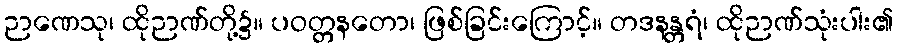
ဉာဏေသု၊ ထိုဉာဏ်တို့၌။ ပဝတ္တနတော၊ ဖြစ်ခြင်းကြောင့်။ တဒနန္တရံ၊ ထိုဉာဏ်သုံးပါး၏